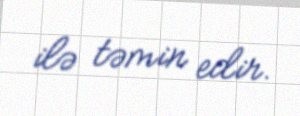
ilə təmin edir.